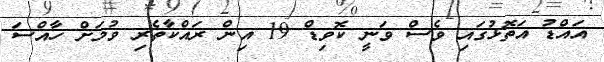
އައްޑު އަތޮޅުގައި ވެސް ވަނީ ކޮވިޑް 19 އިން ރައްކާތެރި ވުމަށް ހާއްސަ